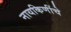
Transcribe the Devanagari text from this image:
नायकिणींचे